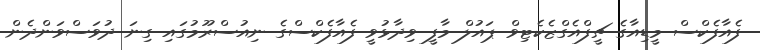
ފެއާފެކްސް މީޑިއާގެ ޗީފްއެގްޒެކެޓިވް ޕައުލް މާފީ ވިދާޅުވީ ފެއާފެކްސްގެ ނިއުސްރޫމުގައި ގިނަ ދުވަސްވަންދެން